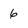
Character: 6